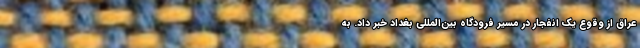
عراق از وقوع یک انفجار در مسیر فرودگاه بین‌المللی بغداد خبر داد. به